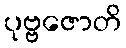
ပုဗ္ဗဇောတိ